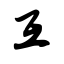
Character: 互